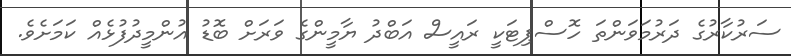
ސަރުކާރުގެ ދަރުމަވަންތަ ހޮސްޕިޓަަކީ ރައީސް އަބްދު ޔާމީންގެ ވަރަށް ބޮޑު އުންމީދުފުޅެއް ކަމަށެވެ.